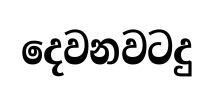
දෙවනවටදු